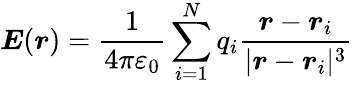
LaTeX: {\boldsymbol{E}}({\boldsymbol{r}})={\frac{1}{4\pi\varepsilon_{0}}}\sum_{i=1}^{N}q_{i}{\frac{{\boldsymbol{r}}-{\boldsymbol{r}}_{i}}{|{\boldsymbol{r}}-{\boldsymbol{r}}_{i}|^{3}}}